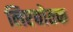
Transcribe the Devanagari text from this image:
लिएद्योतक